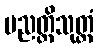
ပညတ္တိသုတ္တံ